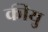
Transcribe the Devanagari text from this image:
कीयु